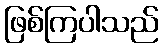
ဖြစ်ကြပါသည်